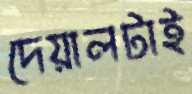
দেয়ালটাই